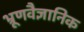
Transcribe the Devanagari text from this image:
भ्रूणवैज्ञानिक